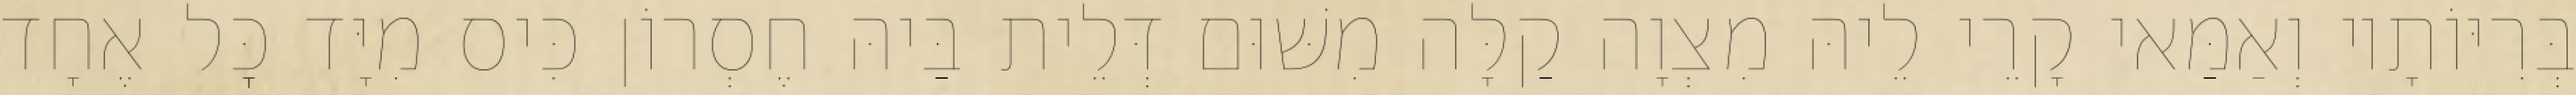
בְּרִיּוֹתָיו וְאַמַּאי קָרֵי לֵיהּ מִצְוָה קַלָּה מִשּׁוּם דְּלֵית בַּיהּ חֶסְרוֹן כִּיס מִיָּד כׇּל אֶחָד